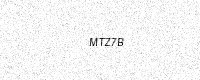
Text: MTZ7B